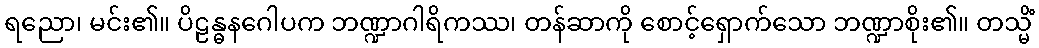
ရညော၊ မင်း၏။ ပိဠန္ဓနဂေါပက ဘဏ္ဍာဂါရိကဿ၊ တန်ဆာကို စောင့်ရှောက်သော ဘဏ္ဍာစိုး၏။ တသ္မိံ